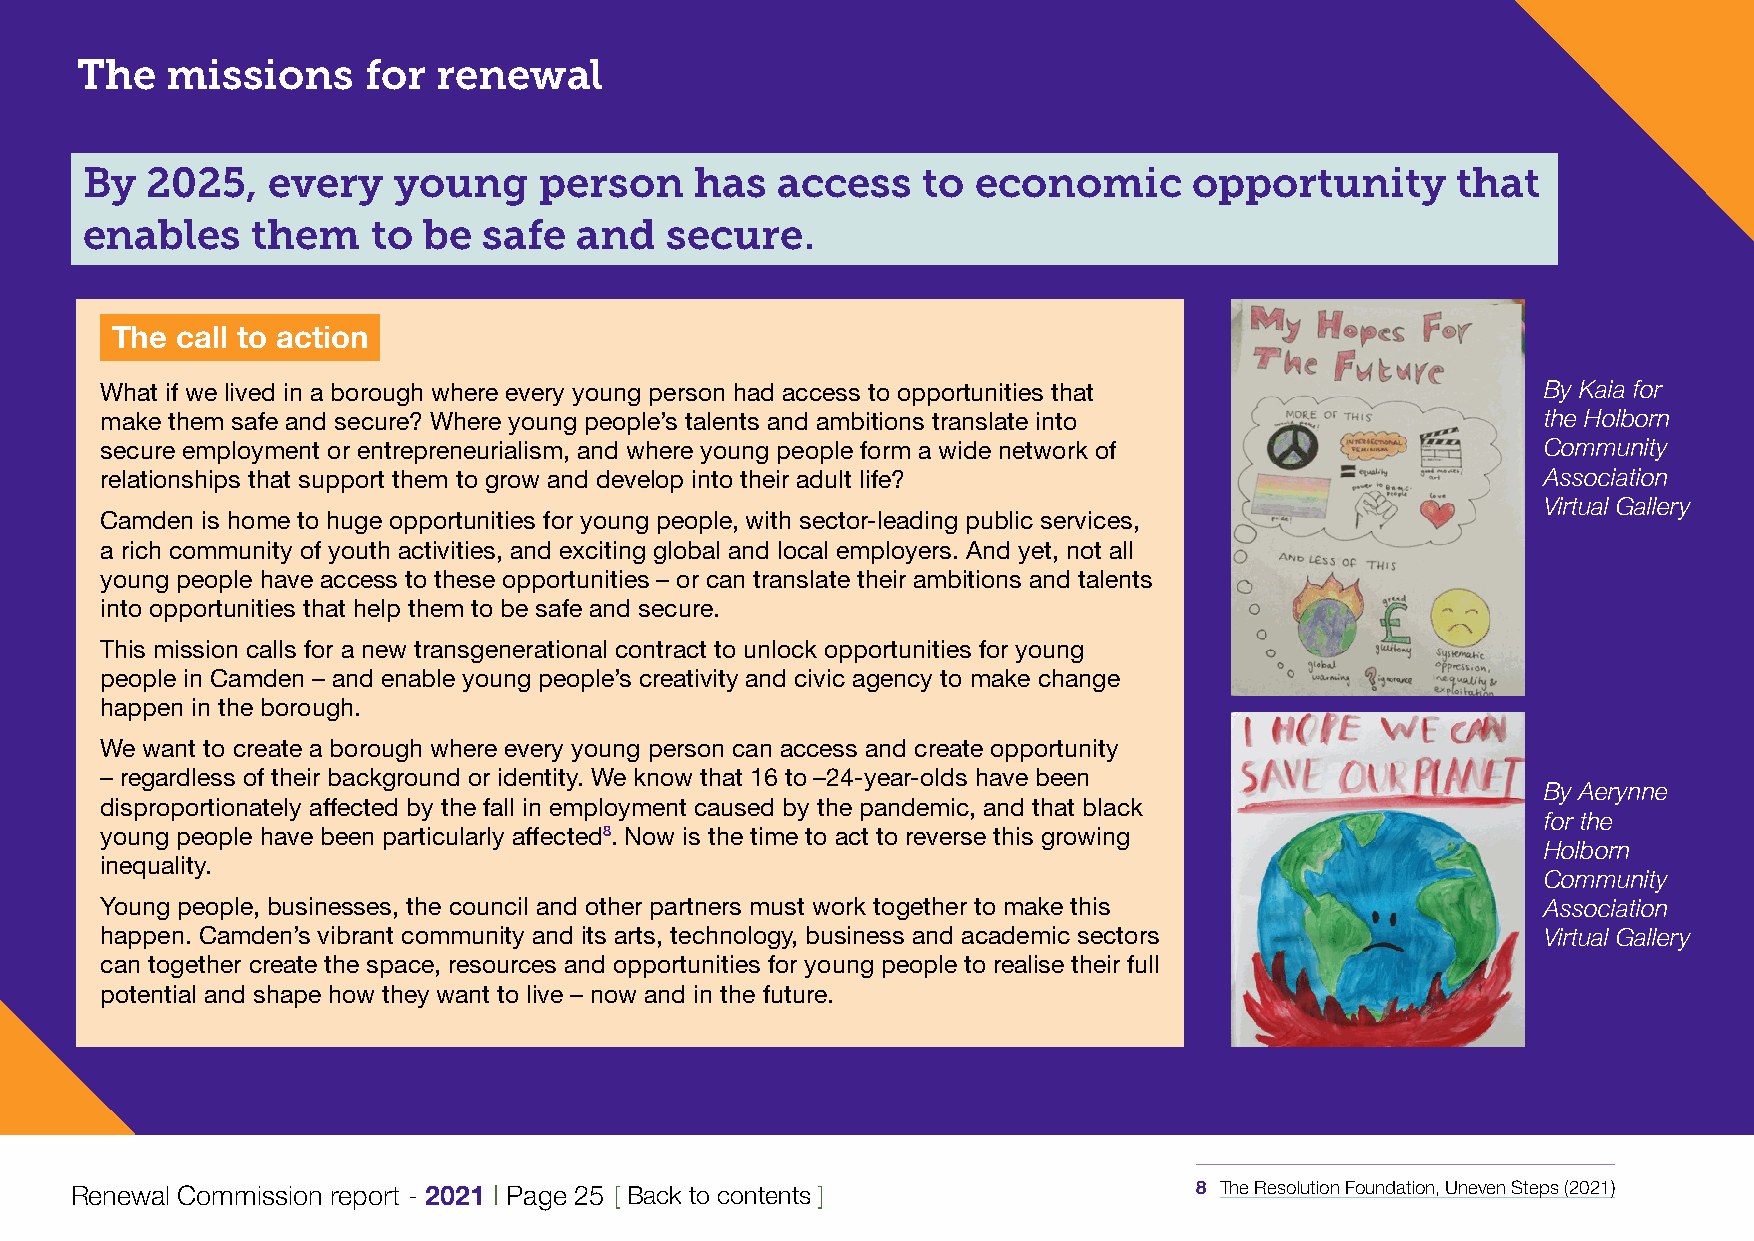
TThhee mmiissssiioonnss ffoorr rreenneewwaall
 By   2025,   every   young     person    has  access    to  economic      opportunity      that
 enables     them    to be  safe  and   secure.
 The  call to action
 What if we lived in a borough where every young person had access to opportunities that        By Kaia for
 make them safe and secure? Where young people’s talents and ambitions translate into           the Holborn
 secure employment or entrepreneurialism, and where young people form a wide network of         Community
 relationships that support them to grow and develop into their adult life?                     Association
 Virtual Gallery
 Camden is home to huge opportunities for young people, with sector-leading public services,
 a rich community of youth activities, and exciting global and local employers. And yet, not all
 young people have access to these opportunities – or can translate their ambitions and talents
 into opportunities that help them to be safe and secure.
 This mission calls for a new transgenerational contract to unlock opportunities for young
 people in Camden – and enable young people’s creativity and civic agency to make change
 happen in the borough.
 We want to create a borough where every young person can access and create opportunity
 – regardless of their background or identity. We know that 16 to –24-year-olds have been
 By Aerynne
 disproportionately affected by the fall in employment caused by the pandemic, and that black
 for the
 young people have been particularly affected8. Now is the time to act to reverse this growing
 Holborn
 inequality.
 Community
 Young people, businesses, the council and other partners must work together to make this       Association
 happen. Camden’s vibrant community and its arts, technology, business and academic sectors     Virtual Gallery
 can together create the space, resources and opportunities for young people to realise their full
 potential and shape how they want to live – now and in the future.
 Renewal Commission report - 2021 | Page 25 [ Back to contents ]           8 The Resolution Foundation, Uneven Steps (2021)